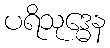
ပရိသုဒ္ဓေန